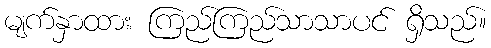
မျက်နှာထား ကြည်ကြည်သာသာပင် ရှိသည်။